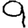
Digit: 9